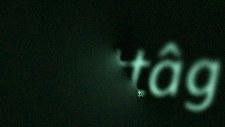
kuittâg